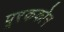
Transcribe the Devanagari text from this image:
पूरककोन